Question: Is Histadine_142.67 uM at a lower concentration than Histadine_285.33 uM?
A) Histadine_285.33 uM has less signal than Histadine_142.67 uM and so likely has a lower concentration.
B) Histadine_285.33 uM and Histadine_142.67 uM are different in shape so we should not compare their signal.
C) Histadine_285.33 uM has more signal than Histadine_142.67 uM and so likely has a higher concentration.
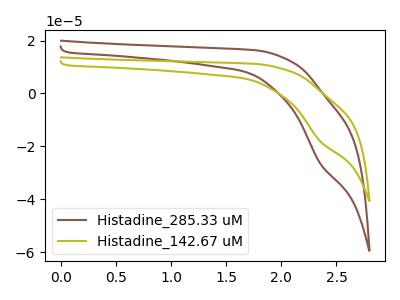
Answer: <think>The brown curve "Histadine_285.33 uM" has a cathodic peak at: (2.35V, -26.60uA). The olive curve "Histadine_142.67 uM" has a cathodic peak at: (2.35V, -18.20uA).
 All the peaks in "Histadine_285.33 uM" have a peak in "Histadine_142.67 uM" at the same potential. Every peak in "Histadine_285.33 uM" is higher than every peak in "Histadine_142.67 uM".</think>
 <answer>C) "Histadine_285.33 uM" has more signal than "Histadine_142.67 uM" and so likely has a higher concentration.</answer>
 <eval>C</eval>